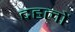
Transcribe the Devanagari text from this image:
दहलों